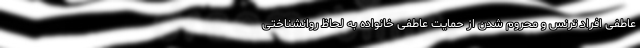
عاطفی افراد ترنس و محروم شدن از حمایت عاطفی خانواده به لحاظ روانشناختی